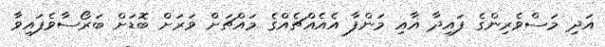
އަދި މަސްވެރިންގެ ފައިދާ އާއި މަންފާ އެއެއްޗެއްގެ މައްޗަށް ވަރަށް ބޮޑަށް ބަރޯސާވެފައިވާ